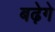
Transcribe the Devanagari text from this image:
बढ़ेगे